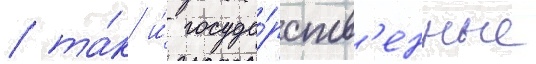
/ та́к и́ госуда́рств'енные